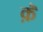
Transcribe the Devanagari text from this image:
क़ॆ